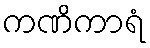
ကဏိကာရံ